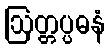
ဩတ္တပ္ပဓနံ